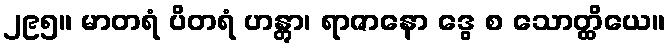
၂၉၅။ မာတရံ ပိတရံ ဟန္တွာ၊ ရာဇာနော ဒွေ စ သောတ္ထိယေ။